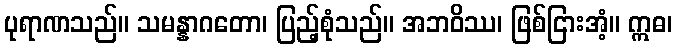
ပုရာဏသည်။ သမန္နာဂတော၊ ပြည့်စုံသည်။ အဘဝိဿ၊ ဖြစ်ငြားအံ့။ ဣဓ၊